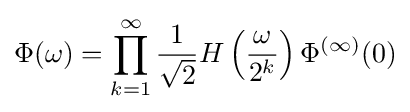
\Phi (\omega )=\prod _{k=1}^{\infty }{\frac {1}{\sqrt {2}}}H\left({\frac {\omega }{2^{k}}}\right)\Phi ^{(\infty )}(0)